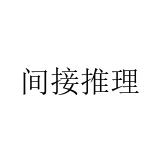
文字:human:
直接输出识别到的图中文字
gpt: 间接推理